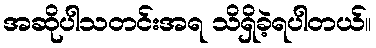
အဆိုပါသတင်းအရ သိရှိခဲ့ရပါတယ်။